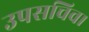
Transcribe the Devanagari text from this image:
उपसचिव।